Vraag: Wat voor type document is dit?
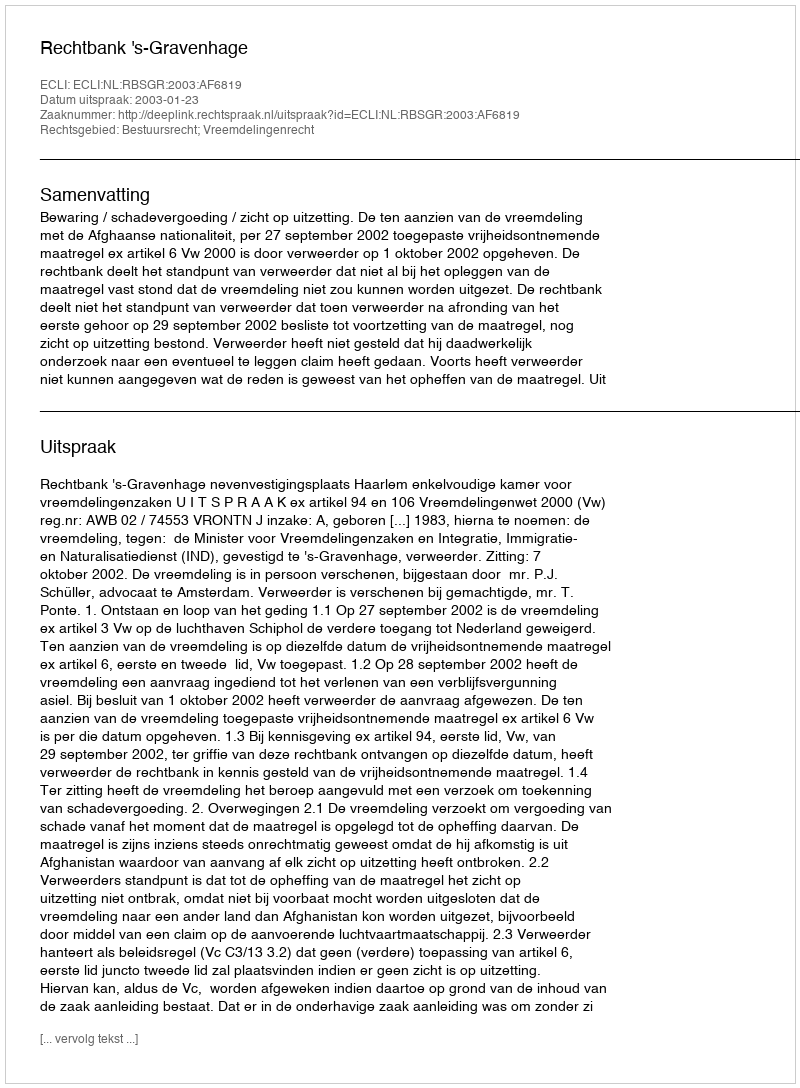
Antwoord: Uitspraak